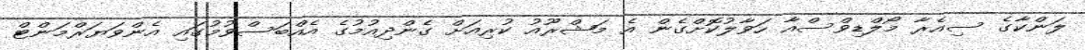
ލަންކާގެ ސިއެރާ މޯލްޑިވްސްއާ ހަވާލުކޮށްގެން އެ މަޝްރޫއު ކުރިއަށް ގެންދިއުމުގެ އެއްބަސްވުމުގައި އެންވަޔަރްމަންޓް